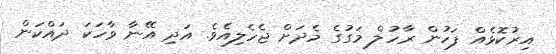
އިރުކޮޅެއް ފަހުން ރާހުލް މަގުގެ މެދަށް ޖެހެލިއެވެ. އަދި އޭނާ ވާހަކަ ދައްކަން